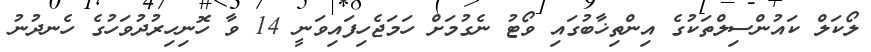
ލޯކަލް ކައުންސިލްތަކުގެ އިންތިޚާބުގައި ވޯޓު ނެގުމަށް ހަމަޖެހިފައިވަނީ 14 ވާ ހޮނިހިރުދުވަހުގެ ހެނދުނު